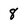
Character: 8